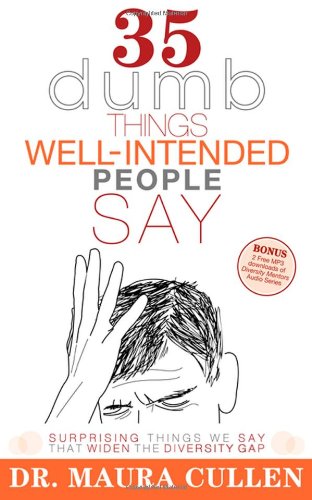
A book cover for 35 Dumb Things Well-Intended People Say: Surprising Things We Say That Widen the Diversity Gap; Maura Cullen; Business & Money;